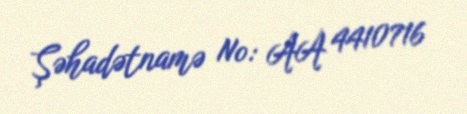
Şəhadətnamə №: AA 4410716